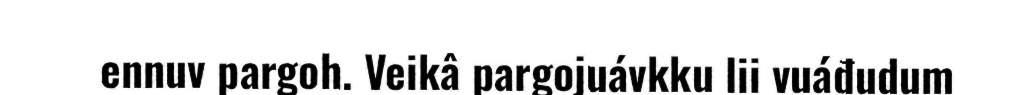
ennuv pargoh. Veikâ pargojuávkku lii vuáđudum